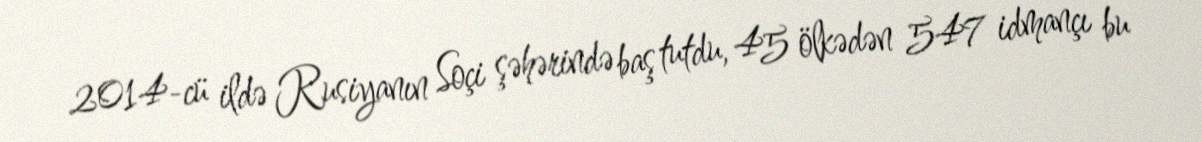
2014-cü ildə Rusiyanın Soçi şəhərində baş tutdu, 45 ölkədən 547 idmançı bu